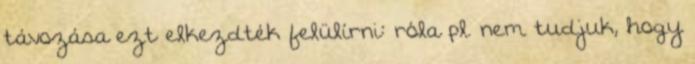
távozása ezt elkezdték felülírni: róla pl. nem tudjuk, hogy